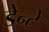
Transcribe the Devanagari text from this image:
डेन्टे